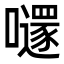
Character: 𡃱